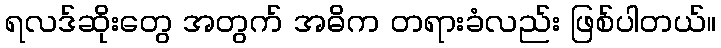
ရလဒ်ဆိုးတွေ အတွက် အဓိက တရားခံလည်း ဖြစ်ပါတယ်။